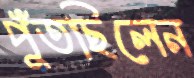
পুঁতছিলেন